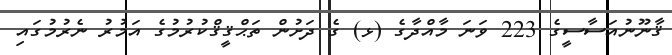
ޤާނޫނުއަސާސީގެ 223 ވަނަ މާއްދާގެ (ޅ) ގެ ދަށުން ތަޙްޤީޤްކުރުމުގެ އަމުރު ނެރުމުގައި